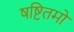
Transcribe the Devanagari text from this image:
षष्टितमो